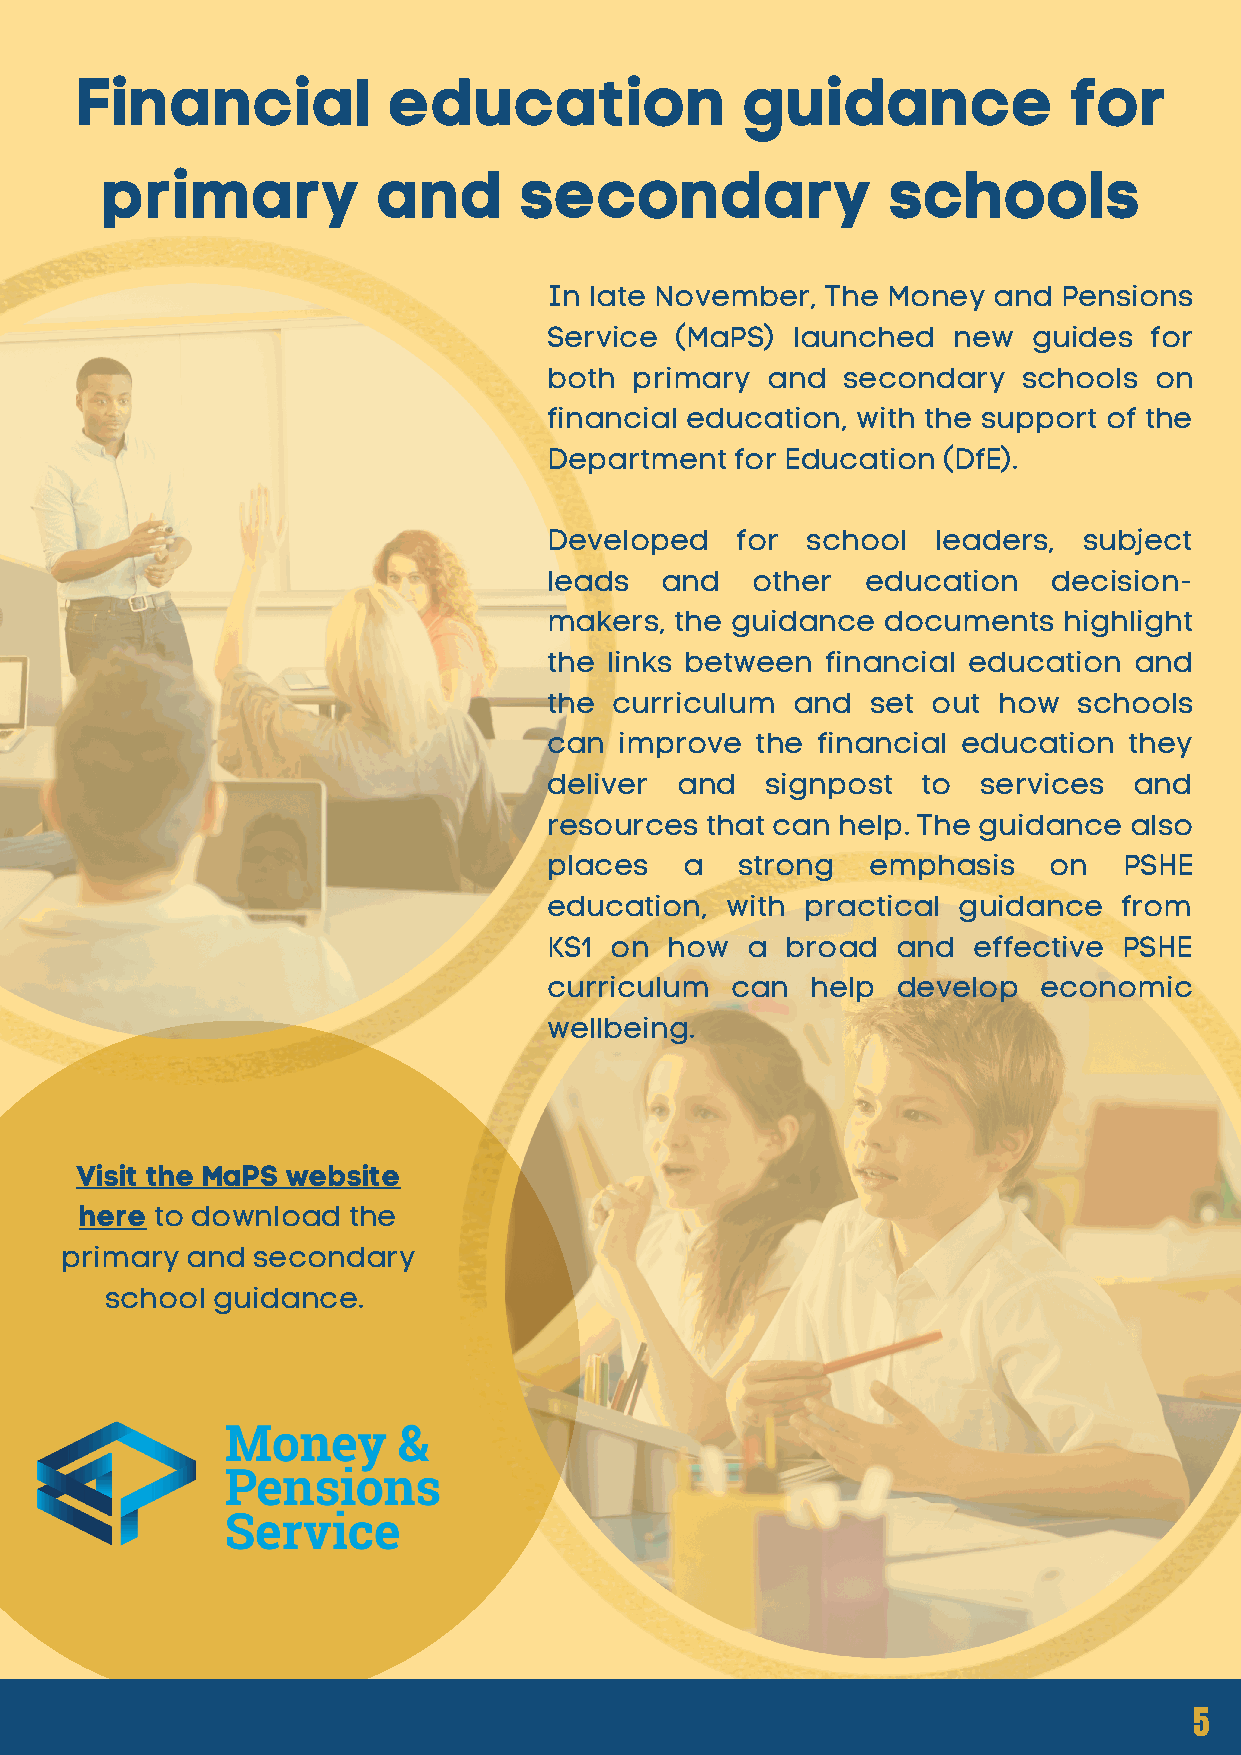
Financial            education              guidance              for
 primary           and      secondary                schools
 In late November,  The Money  and Pensions
 Service  (MaPS) launched   new  guides  for
 both  primary  and  secondary   schools on
 financial education, with the support of the
 Department   for Education (DfE).
 Developed    for school   leaders,  subject
 leads   and   other  education    decision-
 makers,  the guidance  documents  highlight
 the links between  financial education and
 the  curriculum and   set out how  schools
 can  improve  the financial education  they
 deliver  and   signpost  to  services  and
 resources  that can help. The guidance also
 places   a   strong   emphasis   on   PSHE
 education,  with practical guidance   from
 KS1 on  how  a  broad  and  effective PSHE
 curriculum  can   help develop   economic
 wellbeing.
 Visit the MaPS website
 here to download  the
 primary and  secondary
 school guidance.
 5